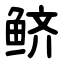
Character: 鲚